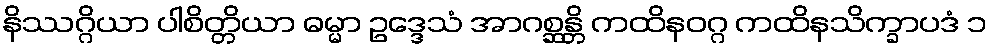
နိဿဂ္ဂိယာ ပါစိတ္တိယာ ဓမ္မာ ဥဒ္ဒေသံ အာဂစ္ဆန္တိ ကထိနဝဂ္ဂ ကထိနသိက္ခာပဒံ ၁